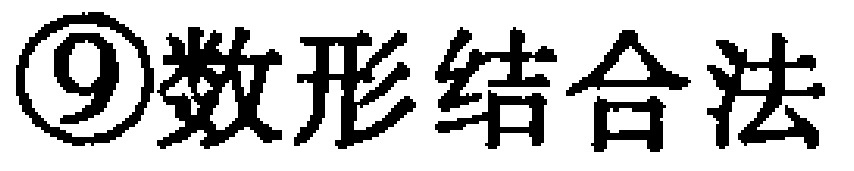
\textcircled{9}数形结合法